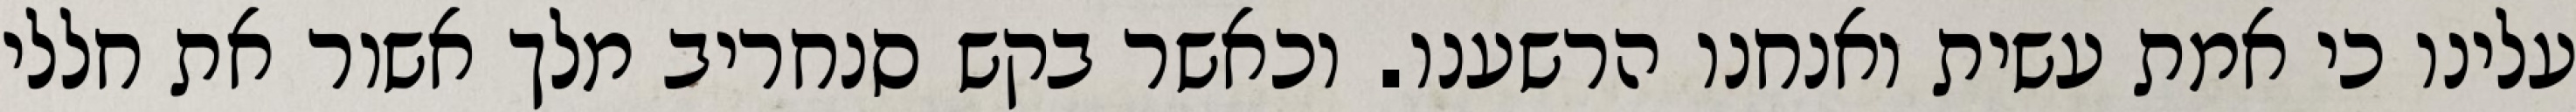
עלינו כי אמת עשית ואנחנו הרשענו. וכאשר בקש סנחריב מלך אשור את חללי